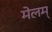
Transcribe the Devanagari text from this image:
मेलम्